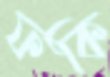
ফকি